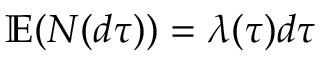
\mathbb { E } ( N ( d \tau ) ) = \lambda ( \tau ) d \tau